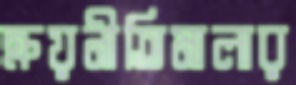
ক্রয়নীতিমালার